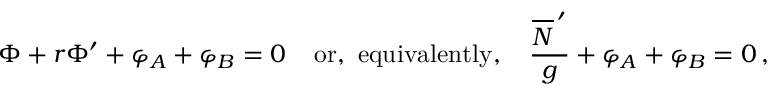
{ \Phi } + r { \Phi } ^ { \prime } + { \varphi } _ { A } + { \varphi } _ { B } = 0 \; \; \; \; \mathrm { o r , ~ e q u i v a l e n t l y , } \; \; \; \; \frac { \overline { { { \cal { N } } } } ^ { \, \prime } } { g } + { \varphi } _ { A } + { \varphi } _ { B } = 0 \, ,